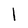
Character: 1